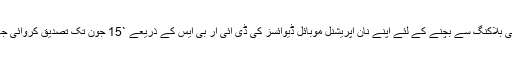
آئی ایم ای کی بلاکنگ سے بچنے کے لئے اپنے نان آپریشنل موبائل ڈیوائسز کی ڈی آئی آر بی ایس کے ذریعے `15 جون تک تصدیق کروائی جا سکتی ہے۔